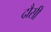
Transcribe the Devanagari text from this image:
दौसी